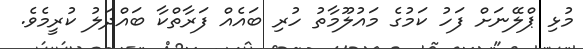
މުޅި ޕްލޭނަށް ފަހު ކަމުގެ މައުލޫމާތު ހުރި ބައެއް ފަރާތްކާ ބައްދަލު ކުރީމެވެ.